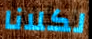
لكلانا